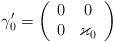
LaTeX: \begin{align*}\gamma _{0}^{\prime }=\left( \begin{array}{cc}0 & 0 \\ 0 & \varkappa _{0}\end{array}\right) \end{align*}